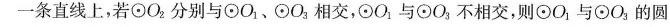
一条直线上，若\odot O_{2}分别与\odot O_{1}、\odot O_{3}相交，\odot O_{1}与\odot O_{3}不相交，则\odot O_{1}与\odot O_{3}，的圆